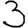
Digit: 3